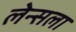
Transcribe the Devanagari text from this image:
लेन्सला